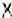
X